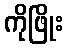
ကိုဖြိုး